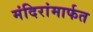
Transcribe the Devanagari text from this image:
मंदिरांमार्फत